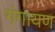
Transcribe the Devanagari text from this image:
गंगायण